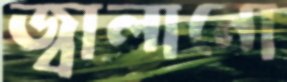
জ্বালানো